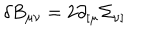
\delta B _ { \mu \nu } = 2 \partial _ { [ \mu } \Sigma _ { \nu ] } \,